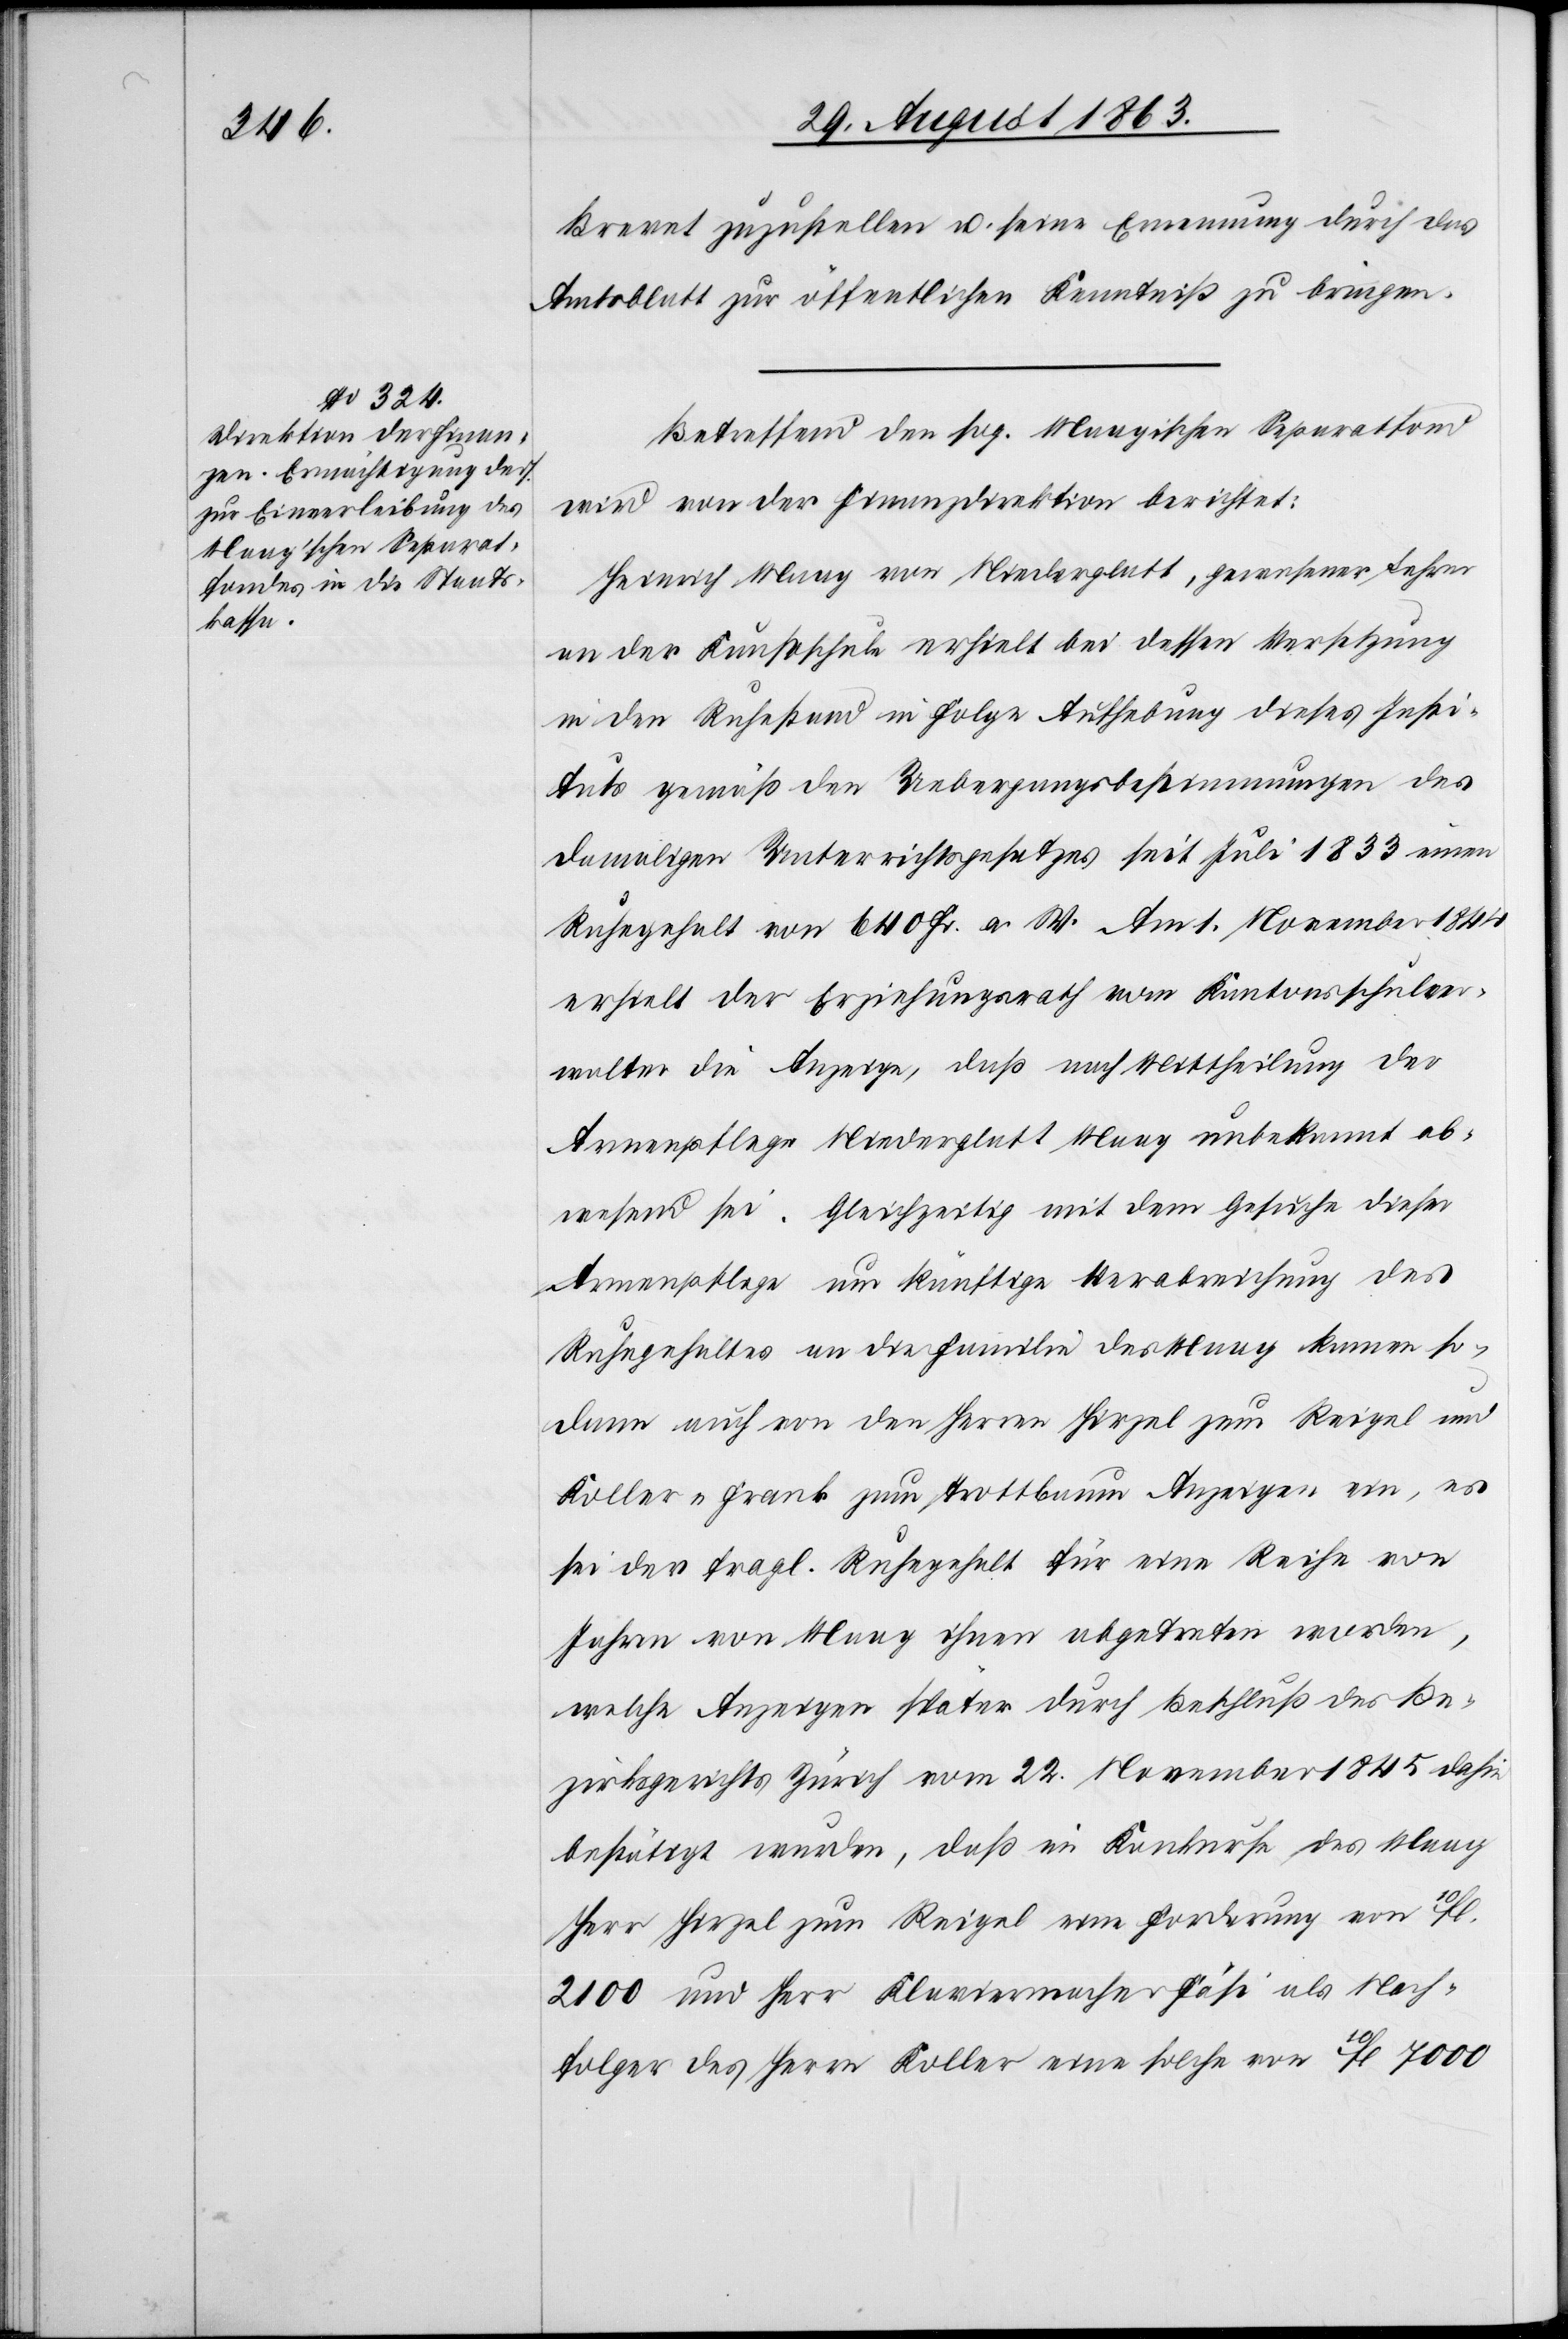
Brevet zuzustellen u. seine Ernennung durch das
Amtsblatt zur öffentlichen Kenntniß zu bringen.
Betreffend den sog. Maagischen Separatfond
wird von der Finanzdirektion berichtet:
Heinrich Maag von Niederglatt, gewesener Lehrer
an der Kunstschule erhielt bei dessen Versetzung
in den Ruhestand in Folge Aufhebung dieses Insti¬
tuts gemäß den Uebergangsbestimmungen des
damaligen Unterrichtsgesetzes seit Juli 1833 einen
Ruhegehalt von 640 Fr. a. W. Am 1. November 1844
erhielt der Erziehungsrath vom Kantonsschulver¬
walter die Anzeige, daß nach Mittheilung der
Armenpflege Niederglatt Maag unbekannt ab¬
wesend sei. Gleichzeitig mit dem Gesuche dieser
Armenpflege um künftige Verabreichung des
Ruhegehaltes an die Familie des Maag kamen so¬
dann auch von den Herren Hirzel zum Reigel und
Koller-Frank zum Trottbaum Anzeigen ein, es
sei der fragl. Ruhegehalt für eine Reihe von
Jahren von Maag ihnen abgetreten worden,
welche Anzeigen später durch Beschluß des Be¬
zirksgerichtes Zürich vom 22. November 1845 dahin
bestätigt wurden, daß im Konkurse des Maag
Herr Hirzel zum Reigel eine Forderung von 10fl.
2100 und Herr Klaviermacher Fäsi als Nach¬
folger des Herrn Koller eine solche von 10fl. 7000